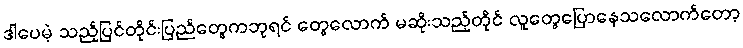
ဒါပေမဲ့ သည့်ပြင်တိုင်းပြည်တွေကဘုရင် တွေလောက် မဆိုးသည့်တိုင် လူတွေပြောနေသလောက်တော့